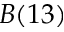
B ( 1 3 )